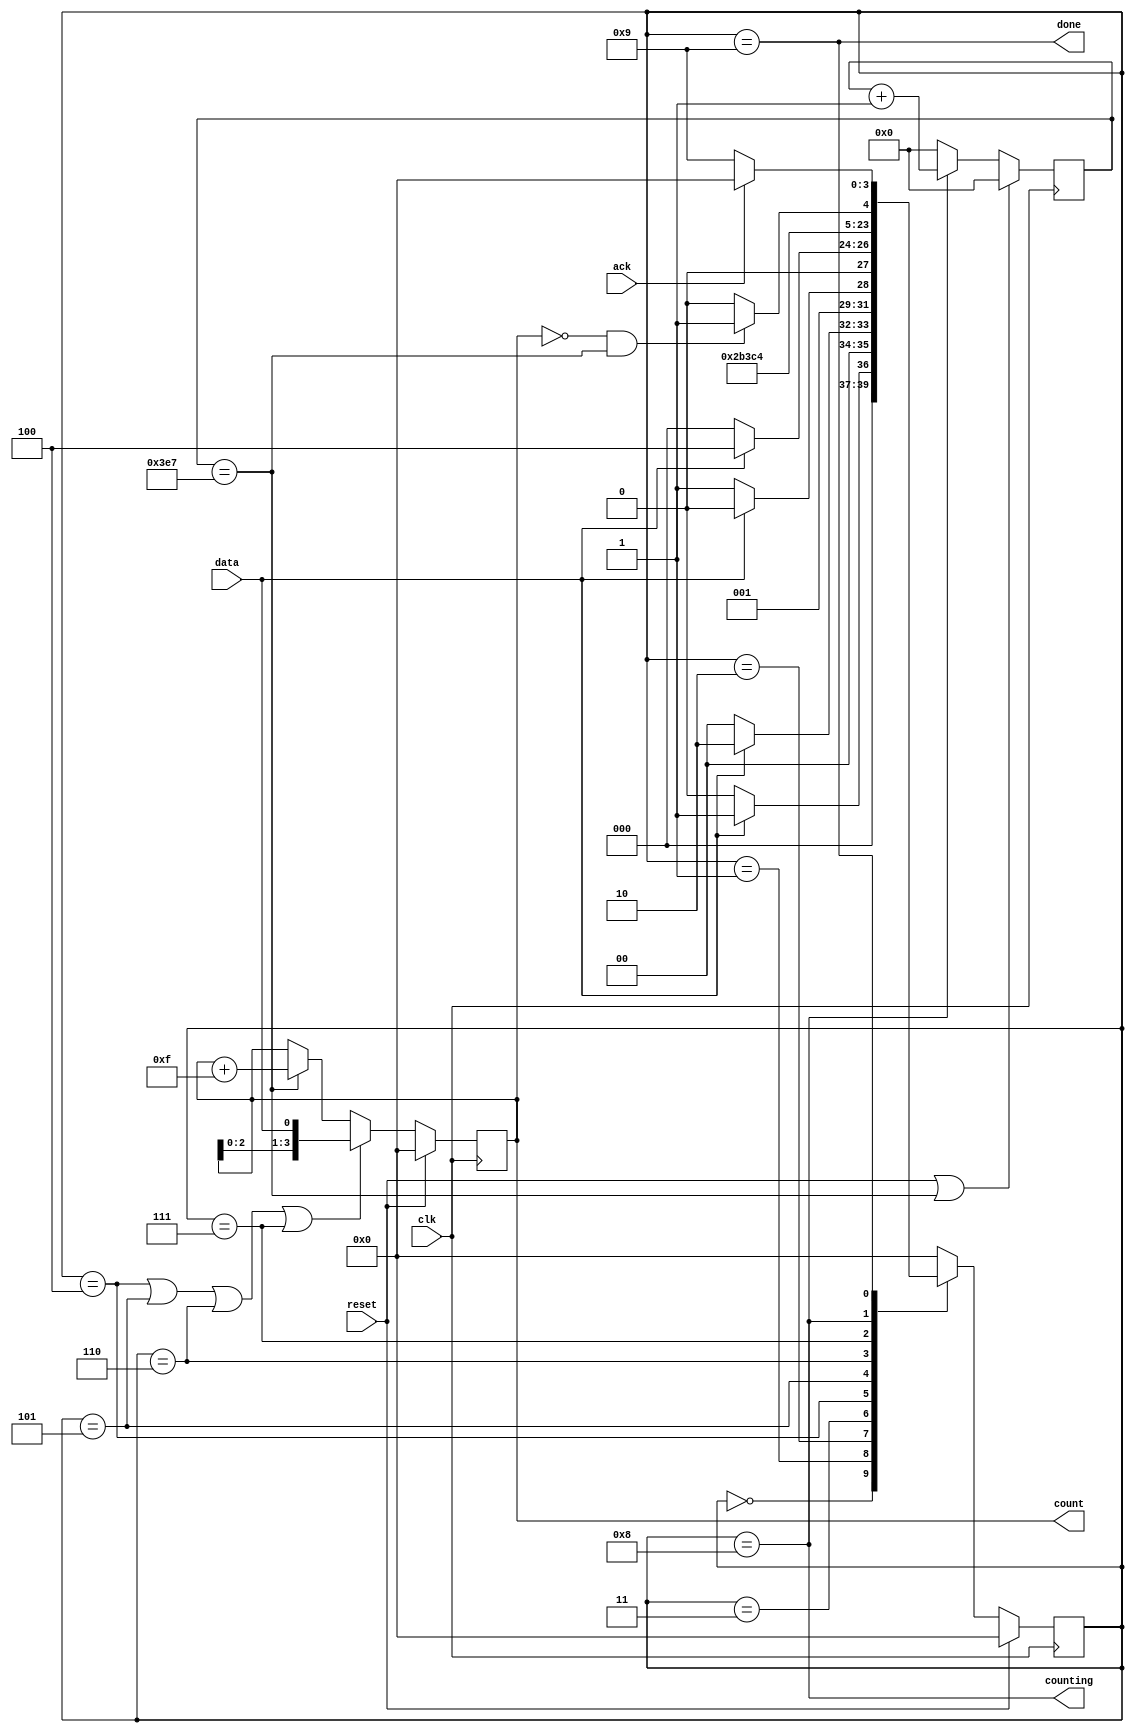
module top_module (
    input clk,
    input reset,      // Synchronous reset
    input data,
    output [3:0] count,
    output counting,
    output done,
    input ack );

    parameter A=4'b0000,B=4'b0001,
    		  C=4'b0010,D=4'b0011,
    		  E=4'b0100,F=4'b0101,
    		  H=4'b0110,I=4'b0111,
    		  M=4'b1000,N=4'b1001;

    reg [3:0] state,next_state;
	wire shift_ena;
    wire done_counting;

    always @(*) begin
        case(state)
            A: next_state = data ? B : A;
            B: next_state = data ? C : A;
            C: next_state = data ? C : D;
            D: next_state = data ? E : A;
            E: next_state = F;
            F: next_state = H;
            H: next_state = I;
            I: next_state = M;
            M: next_state = done_counting ? N : M;
            N: next_state = ack ? A : N;
            default: next_state = A;
        endcase
    end

    always @(posedge clk) begin
        if (reset) state <= A;
        else state <= next_state;
    end

    reg [3:0] temp;
    always @(posedge clk) begin
        if (reset) temp <= 4'b0;
        else if (shift_ena) temp <= {temp[2:0], data};
        else if (cnt == 32'd999) temp <= temp + 4'b1111;
    end

    reg [31:0] cnt;
    always @(posedge clk) begin
        if (reset | cnt == 32'd999) cnt <= 32'b0;
        else if (counting) cnt <= cnt + 1'b1;
        else cnt <= 32'b0;
    end

    assign done_counting = (temp == 0) & (cnt == 32'd999);
    assign shift_ena = (state==E | state==F | state==H | state==I);
    assign counting = (state==M);
    assign done = (state==N);
    assign count = temp;

endmodule